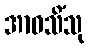
အာဝသိံသု